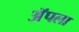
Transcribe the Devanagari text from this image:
अॅपला